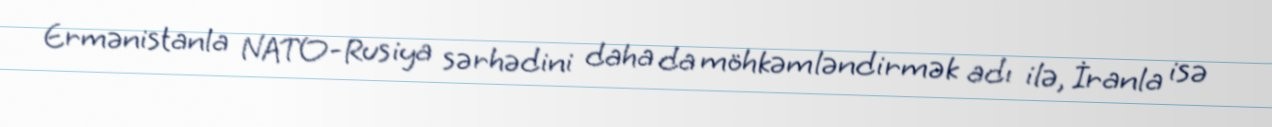
Ermənistanla NATO-Rusiya sərhədini daha da möhkəmləndirmək adı ilə, İranla isə